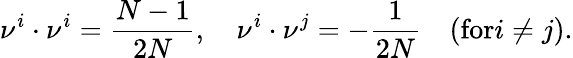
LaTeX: \nu^{i}\cdot\nu^{i}={\frac{N-1}{2N}},\quad\nu^{i}\cdot\nu^{j}=-{\frac{1}{2N}}\quad(\mathrm{for}i\not=j).